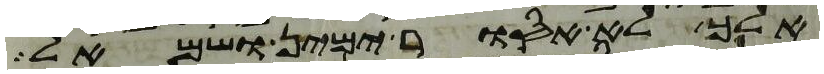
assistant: אלך לא אסור ימין ושמאל